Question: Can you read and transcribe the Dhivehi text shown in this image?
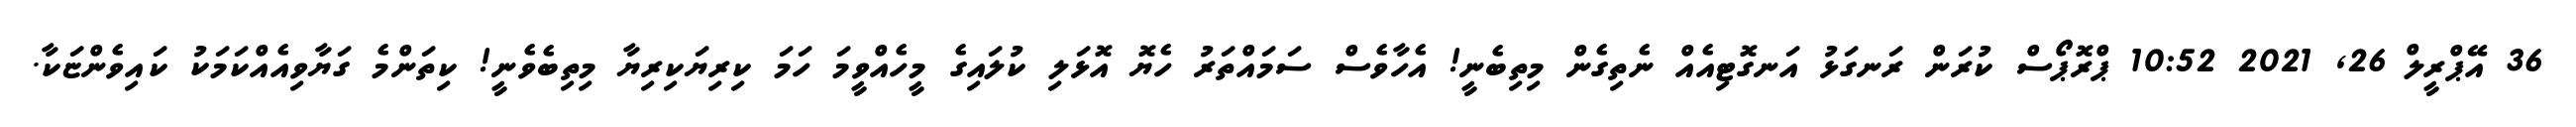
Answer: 36 އޭޕްރީލް 26, 2021 10:52 ޕްރޮޕޯސް ކުރަން ރަނގަޅު އަނގޮޓިއެއް ނެތިގެން މިތިބެނީ! އެހާވެސް ސަމައްތަރު ހެޔޮ އޮޅަލި ކުލައިގެ މީހެއްވީމަ ހަމަ ކިރިޔަކިރިޔާ މިތިބެވެނީ! ކިތަންމެ ގަޔާވިއެއްކަމަކު ކައިވެންޏަކާ.